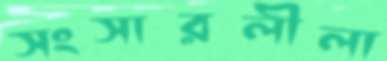
সংসারলীলা